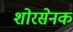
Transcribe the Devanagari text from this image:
शोरसेनक